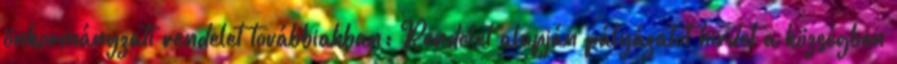
önkormányzati rendelet továbbiakban: Rendelet alapján pályázatot hirdet a községben